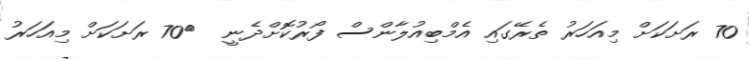
70 ރަށަކަށް މިއަހަރު ތެރޭގައި އެމްބިއުލާންސް ފޯރުކޮށްދެނީ  	70 ރަށަކަށް މިއަހަރު